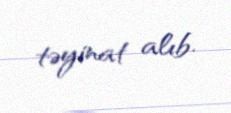
təyinat alıb.